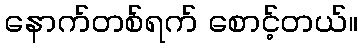
နောက်တစ်ရက် စောင့်တယ်။